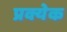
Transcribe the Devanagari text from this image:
प्रक्येक